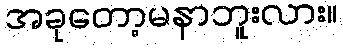
အခုတော့မနာဘူးလား။